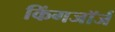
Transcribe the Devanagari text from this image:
किंगजॉर्ज